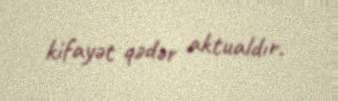
kifayət qədər aktualdır.